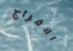
الافراج